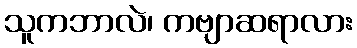
သူကဘာလဲ၊ ကဗျာဆရာလား